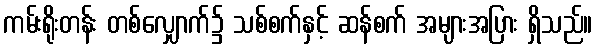
ကမ်းရိုးတန်း တစ်လျှောက်၌ သစ်စက်နှင့် ဆန်စက် အများအပြား ရှိသည်။